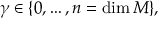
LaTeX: \gamma \in \{ 0 , \dots , n = \dim M \} ,